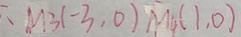
. M _ { 3 } ( - 3 , 0 ) M _ { 4 } ( 1 , 0 )